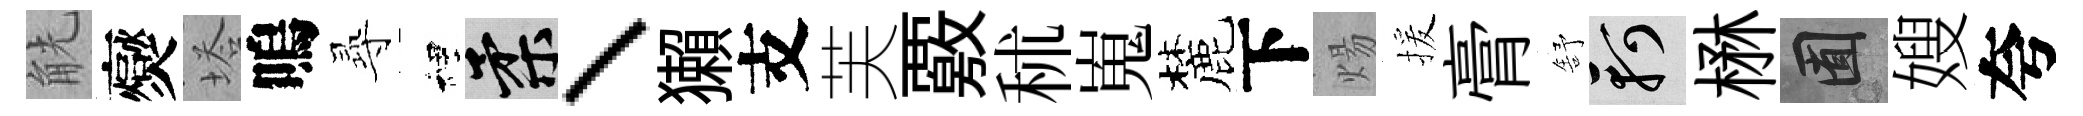
觥爕塔嗚𡬶裡柔、獺支芙覈秫嵬麓下煬援膏舒軻楙囿嫂夸